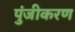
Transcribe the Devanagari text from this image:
पुंजीकरण